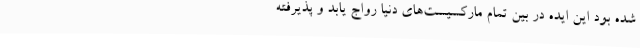
شده بود این ایده در بین تمام مارکسیست‌های دنیا رواج یابد و پذیرفته